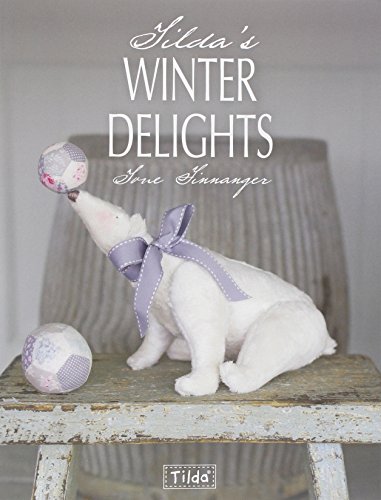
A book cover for Tilda's Winter Delights; Tone Finanger; Crafts, Hobbies & Home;